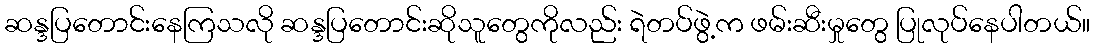
ဆန္ဒပြတောင်းနေကြသလို ဆန္ဒပြတောင်းဆိုသူတွေကိုလည်း ရဲတပ်ဖွဲ့က ဖမ်းဆီးမှုတွေ ပြုလုပ်နေပါတယ်။